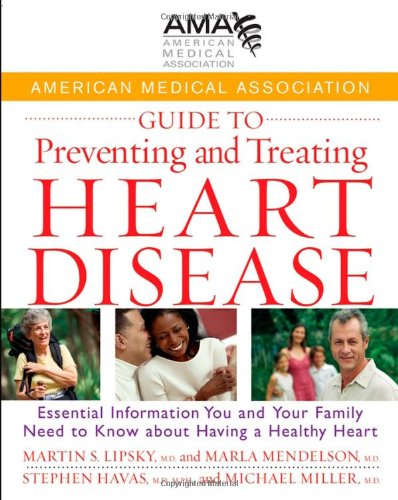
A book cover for American Medical Association Guide to Preventing and Treating Heart Disease: Essential Information You and Your Family Need to Know about Having a Healthy Heart; American Medical Association; Health, Fitness & Dieting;